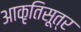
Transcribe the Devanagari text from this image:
आकृतिसूत्र